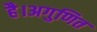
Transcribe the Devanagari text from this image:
है।अगुणित